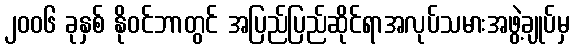
၂၀၀၆ ခုနှစ် နိုဝင်ဘာတွင် အပြည်ပြည်ဆိုင်ရာအလုပ်သမားအဖွဲ့ချုပ်မှ